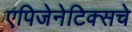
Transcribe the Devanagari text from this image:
एपिजेनेटिक्सचे